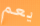
يعم